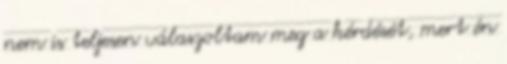
nem is teljesen válaszoltam meg a kérdését, mert én